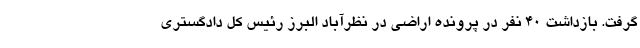
گرفت. بازداشت ۴۰ نفر در پرونده اراضی در نظرآباد البرز رئیس کل دادگستری